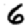
Digit: 6